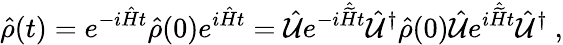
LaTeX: \hat{\rho}(t)=e^{-i\hat{H}t}\hat{\rho}(0)e^{i\hat{H}t}=\hat{\cal{U}}e^{-i\hat{\widetilde{H}}t}\hat{\cal U}^{\dagger}\hat{\rho}(0)\hat{\cal{U}}e^{i\hat{\widetilde{H}}t}\hat{\cal{U}}^{\dagger}\ ,